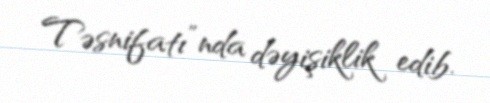
Təsnifatı”nda dəyişiklik edib.